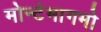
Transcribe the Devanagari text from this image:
मोन्टेमागमो